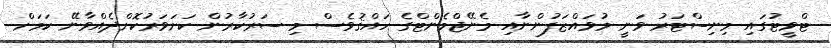
ޓްވީޓުގައި މިނިސްޓަރު ވަނީ މުވައްޒަފުންނާއި މެނޭޖްމެންޓްގެ ހައްޤުވެސް މި ސަރުކާރުން ކަށަވަރުކޮށްދެއްވާނޭ ކަމަށް